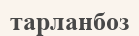
тарланбоз